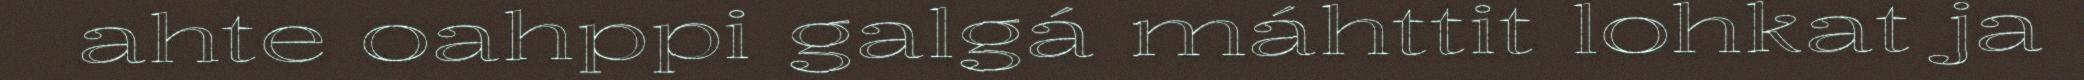
ahte oahppi galgá máhttit lohkat ja